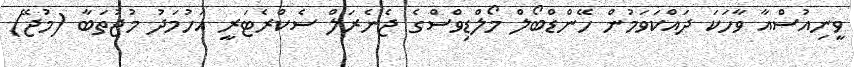
ވީނިއުސްއާ ވާހަކަ ދައްކަވަމުން ހޭންޑްބޯލް މޯލްޑިވްސްގެ ޖެނެރަލް ސެކްރެޓަރީ އަހުމަދު މުޖުތަބާ (މުޖޭ)